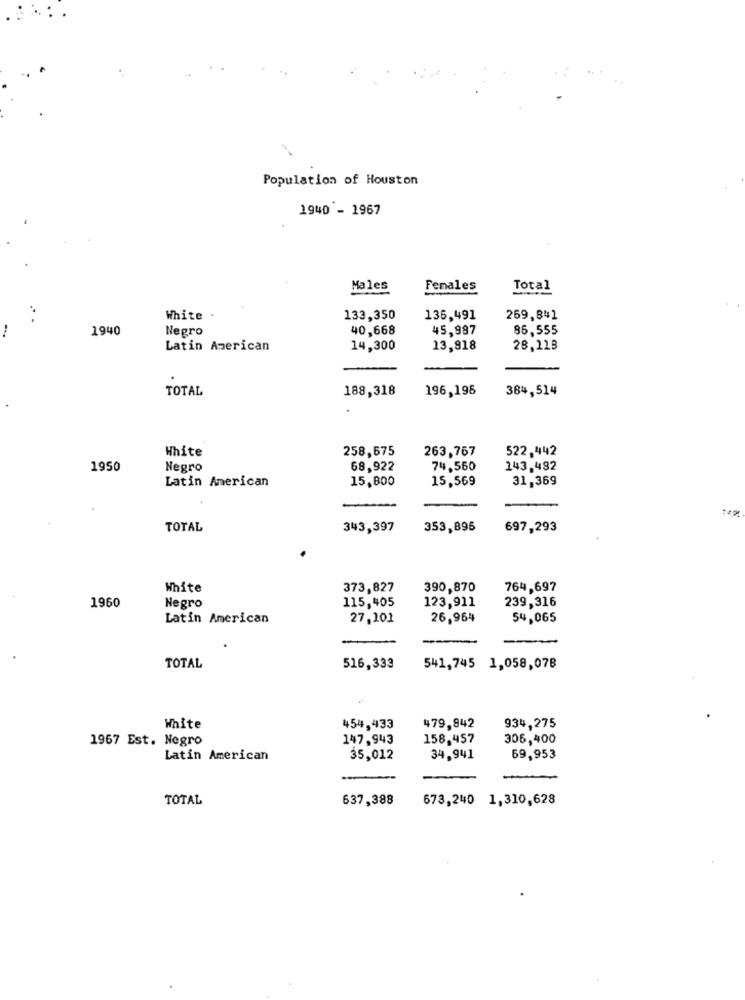
Population of Houston
1940 - 1967
Males
Females
Total
White .
133,350
136,491
269,841
1940
Negro
40,668
45,987
86,555
Latin American
14,300
13,818
28,113
TOTAL
188,318
196,196
384,514
White
258,675
263,767
522,442
1950
Negro
68,922
74,560
143,482
Latin American
15,800
15,569
31,369
TOTAL
343,397
353,896
697,293
White
373,827
390,870
764,697
1960
115,405
239,316
Negro
123,911
Latin American
27,101
26,964
54,065
TOTAL
516,333
541,745 1,058,078
White
454,433
479,842
934,275
1967 Est. Negro
147,943
158,457
306,400
Latin American
35,012
34,941
59,953
-
TOTAL
637,388
673,240 1,310,628